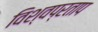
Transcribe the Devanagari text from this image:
विश्वप्रताप